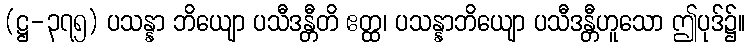
(ဋ္ဌ-၃၇၅) ပသန္နာ ဘိယျော ပသီဒန္တီတိ ဧတ္ထ၊ ပသန္နာဘိယျော ပသီဒန္တီဟူသော ဤပုဒ်၌။